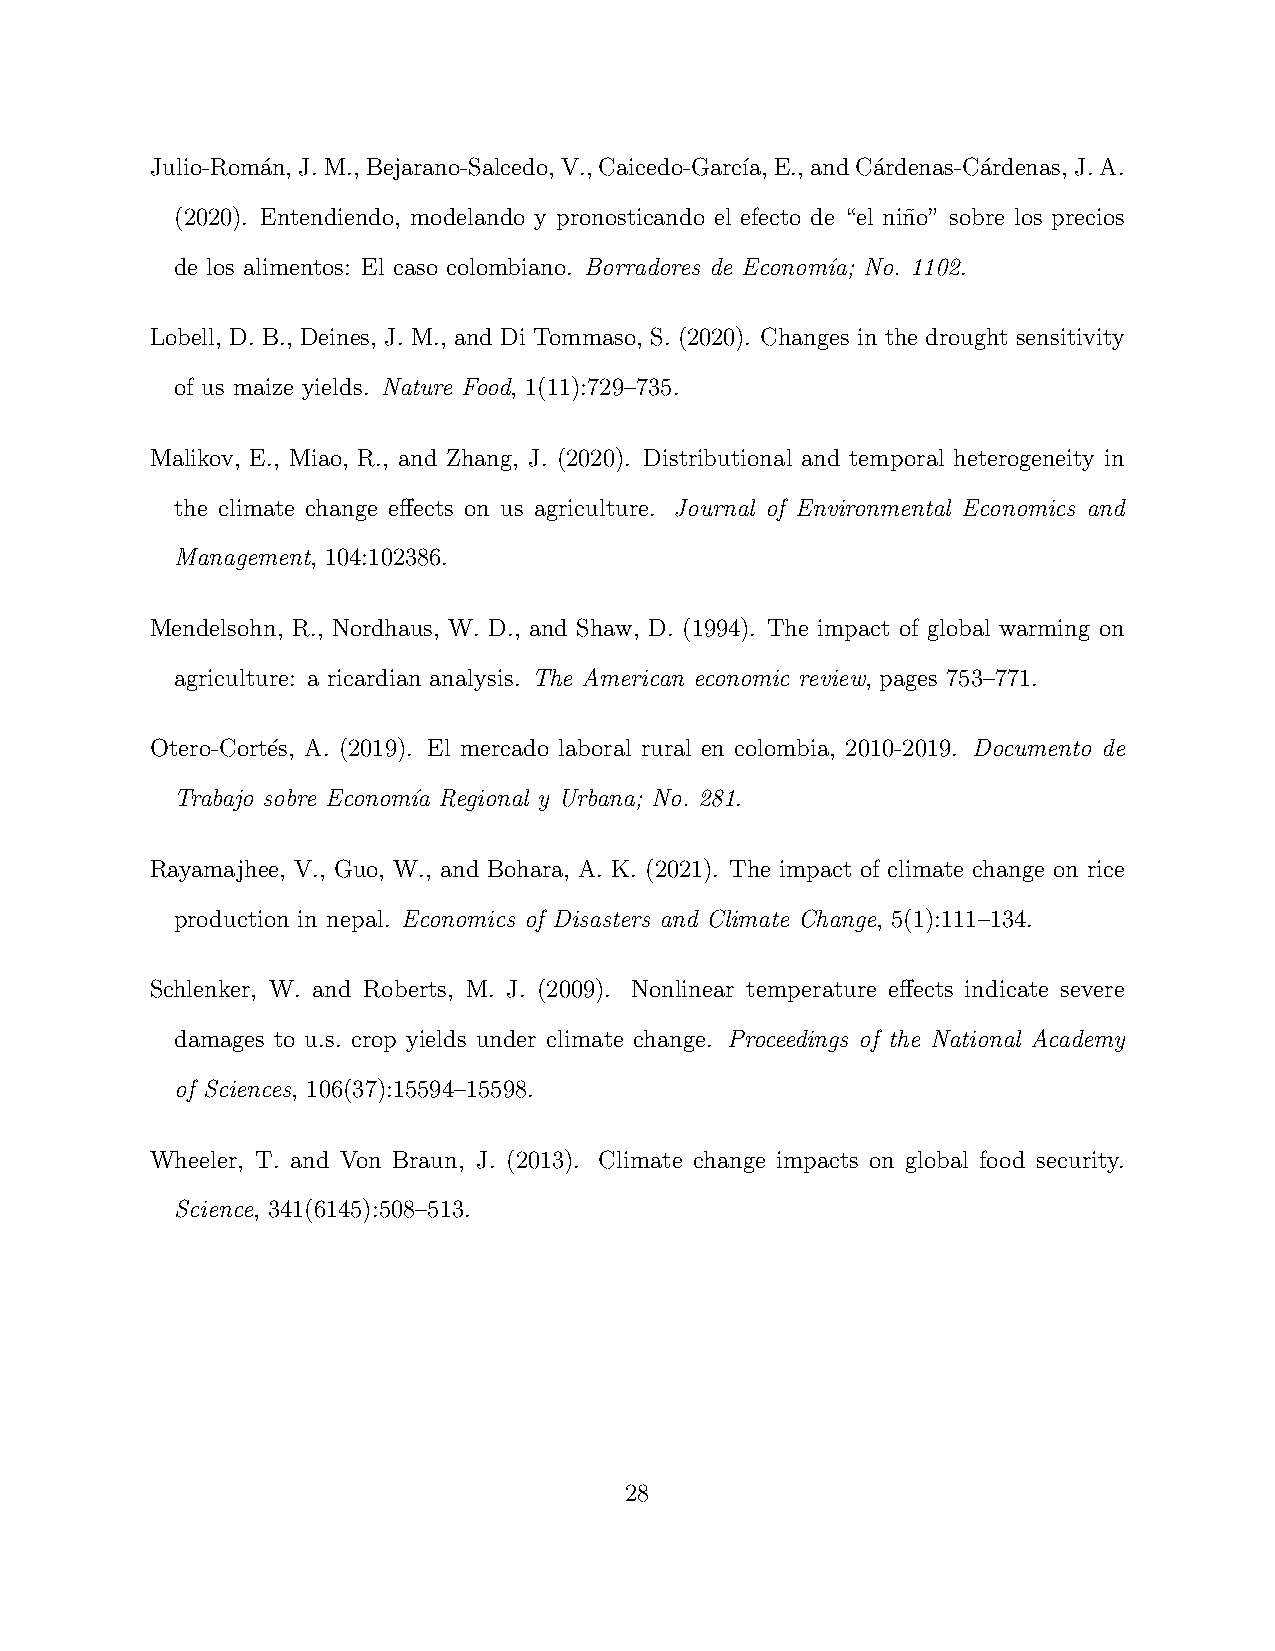
Julio-Roma´n,J.M.,Bejarano-Salcedo,V.,Caicedo-Garc´ıa,E.,andCa´rdenas-Ca´rdenas,J.A.
 (2020). Entendiendo, modelando y pronosticando el efecto de “el nin˜o” sobre los precios
 de los alimentos: El caso colombiano. Borradores de Econom´ıa; No. 1102.
 Lobell, D. B., Deines, J. M., and Di Tommaso, S. (2020). Changes in the drought sensitivity
 of us maize yields. Nature Food, 1(11):729–735.
 Malikov, E., Miao, R., and Zhang, J. (2020). Distributional and temporal heterogeneity in
 the climate change effects on us agriculture. Journal of Environmental Economics and
 Management, 104:102386.
 Mendelsohn, R., Nordhaus, W. D., and Shaw, D. (1994). The impact of global warming on
 agriculture: a ricardian analysis. The American economic review, pages 753–771.
 Otero-Cort´es, A. (2019). El mercado laboral rural en colombia, 2010-2019. Documento de
 Trabajo sobre Econom´ıa Regional y Urbana; No. 281.
 Rayamajhee, V., Guo, W., and Bohara, A. K. (2021). The impact of climate change on rice
 production in nepal. Economics of Disasters and Climate Change, 5(1):111–134.
 Schlenker, W. and Roberts, M. J. (2009). Nonlinear temperature effects indicate severe
 damages to u.s. crop yields under climate change. Proceedings of the National Academy
 of Sciences, 106(37):15594–15598.
 Wheeler, T. and Von Braun, J. (2013). Climate change impacts on global food security.
 Science, 341(6145):508–513.
 28